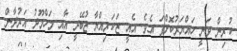
ކުރިން ވަނީ ހައްޔަރުކޮށްްފަ އެވެ. އެއީ ޒަކަރިއްޔާ ޒުބޭދީ އާއި މަހްމޫދު އަރުދާން